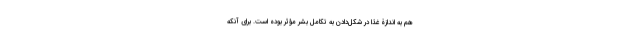
هم به اندازۀ غذا در شکل‌دادن به تکامل بشر مؤثر بوده است. برای آنکه